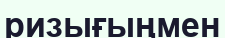
ризығыңмен